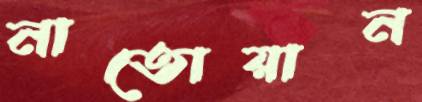
নাতোয়ান